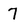
Character: 7